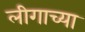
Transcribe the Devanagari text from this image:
लीगाच्या